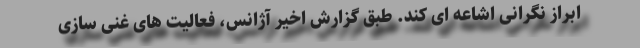
ابراز نگرانی اشاعه ای کند. طبق گزارش اخیر آژانس، فعالیت های غنی سازی